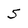
Character: 5